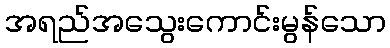
အရည်အသွေးကောင်းမွန်သော